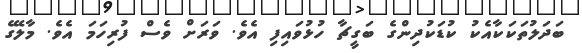
ބަދަލުތަކަކާއެކު ކުޑަކުދިންގެ ބަގީޗާ ހުޅުވައިފި އެވެ. ވަރަށް ވެސް ފުރިހަމަ އެވެ. މާލޭގެ